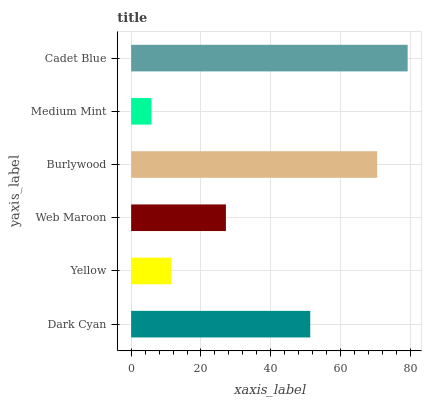
| yaxis_label | bars |
 | --- | --- |
 | Dark Cyan | 51.3 |
 | Yellow | 11.4 |
 | Web Maroon | 27.1 |
 | Burlywood | 70.5 |
 | Medium Mint | 5.84 |
 | Cadet Blue | 79.2 |